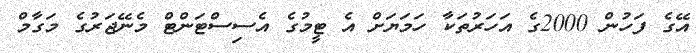
އޭގެ ފަހުން 2000ގެ އަހަރުތަކާ ހަމަޔަށް އެ ޓީމުގެ އެސިސްޓަންޓް މެނޭޖަރުގެ މަގާމް